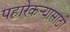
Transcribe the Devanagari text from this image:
पहारेकर्‍यासाठी